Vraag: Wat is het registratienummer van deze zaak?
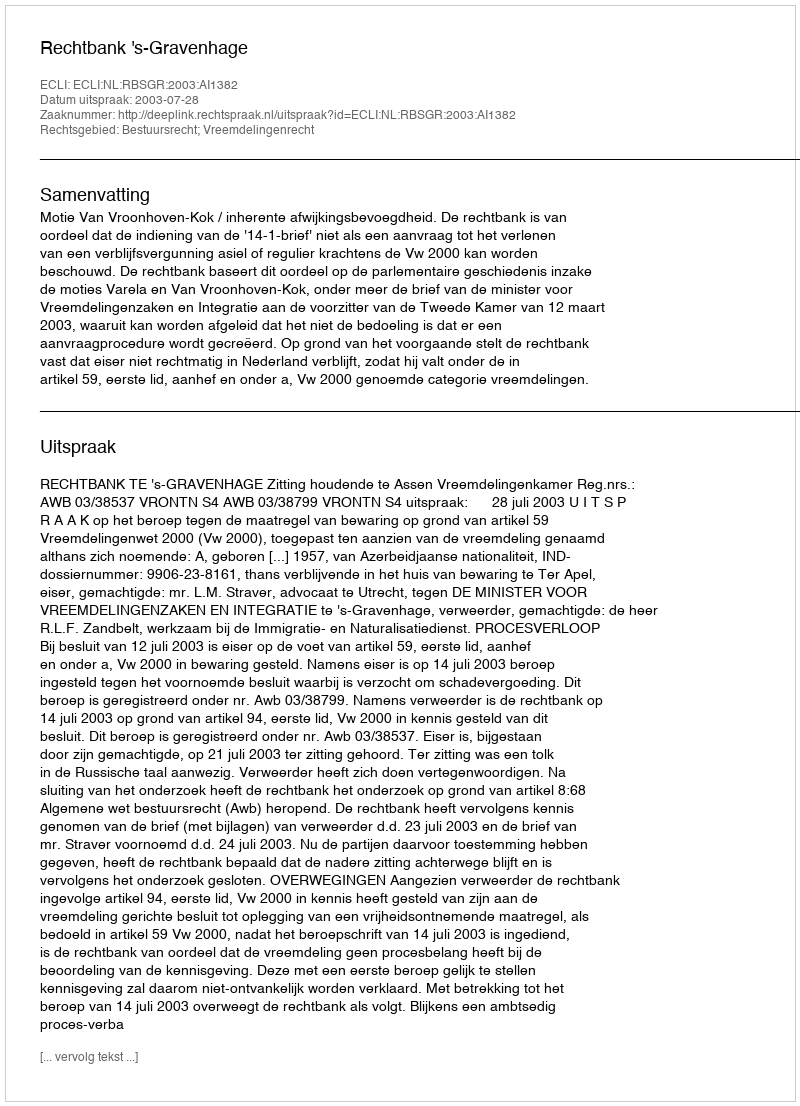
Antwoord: http://deeplink.rechtspraak.nl/uitspraak?id=ECLI:NL:RBSGR:2003:AI1382